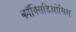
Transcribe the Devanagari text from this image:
कॉक्सिडिओसिस